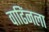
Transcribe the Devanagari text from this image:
वाढिंनला